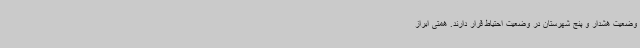
وضعیت هشدار و پنج شهرستان در وضعیت احتیاط قرار دارند. همتی ابراز